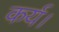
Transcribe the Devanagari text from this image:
कर्य।